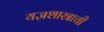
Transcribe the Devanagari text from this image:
यज्ञशास्त्राची